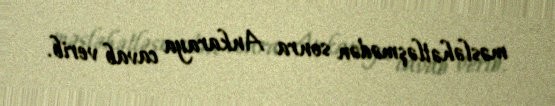
məsləhətləşmədən sonra Ankaraya cavab verib.